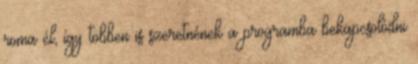
roma él, így többen is szeretnének a programba bekapcsolódni